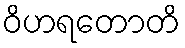
ဝိဟရတောတိ